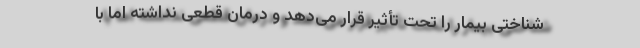
شناختی بیمار را تحت تأثیر قرار می‌دهد و درمان قطعی نداشته اما با